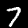
Digit: 7